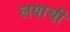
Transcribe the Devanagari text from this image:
लयाची